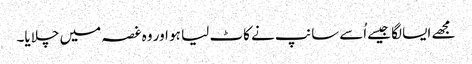
مجھے ایسا لگا جیسےاُسےسانپ نے کاٹ لیا ہو اور وہ غصہ میں چلایا۔